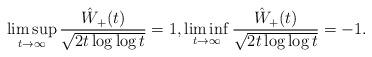
LaTeX: \begin{align*}\limsup_{t\to\infty}\frac{\hat{W}_+(t)}{\sqrt{2t\log\log t}}=1,\liminf_{t\to\infty}\frac{\hat{W}_+(t)}{\sqrt{2t\log\log t}}=-1.\end{align*}